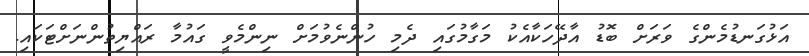
އަޅުގަނޑުމެންގެ ވަރަށް ބޮޑު އާދޭހަކާއެކު މަގާމުގައި ދެމި ހުންނެވުމަށް ނިންމެވީ ގައުމާ ރައްޔިތުންނަށްޓަކައި.